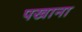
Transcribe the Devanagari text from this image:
पखाना